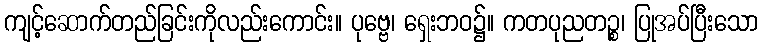
ကျင့်ဆောက်တည်ခြင်းကိုလည်းကောင်း။ ပုဗ္ဗေ၊ ရှေးဘဝ၌။ ကတပုညတဉ္စ၊ ပြုအပ်ပြီးသော